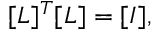
[ L ] ^ { T } [ L ] = [ I ] ,